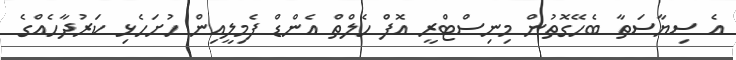
އެ ސިޔާސަތާ ބެހޭގޮތުން މިނިސްޓްރީ އޮފް ހެލްތް އެންޑް ފެމިލީއިން ހުށަހެޅި ކަރުދާހެއްގެ